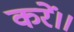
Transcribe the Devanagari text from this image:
करें।।